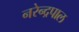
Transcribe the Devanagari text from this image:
नरेन्द्रपाल